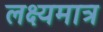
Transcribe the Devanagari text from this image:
लक्ष्यमात्र